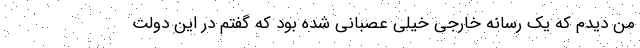
من دیدم که یک رسانه خارجی خیلی عصبانی شده بود که گفتم در این دولت